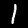
Digit: 1